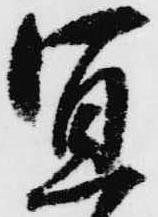
宜